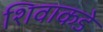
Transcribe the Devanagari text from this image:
शिवाकडे